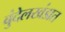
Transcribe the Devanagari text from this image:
बुंदेलखंडात